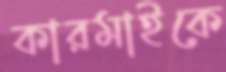
কারমাইকে